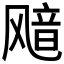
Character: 𫗊